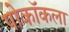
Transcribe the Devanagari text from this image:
पोकॉकला